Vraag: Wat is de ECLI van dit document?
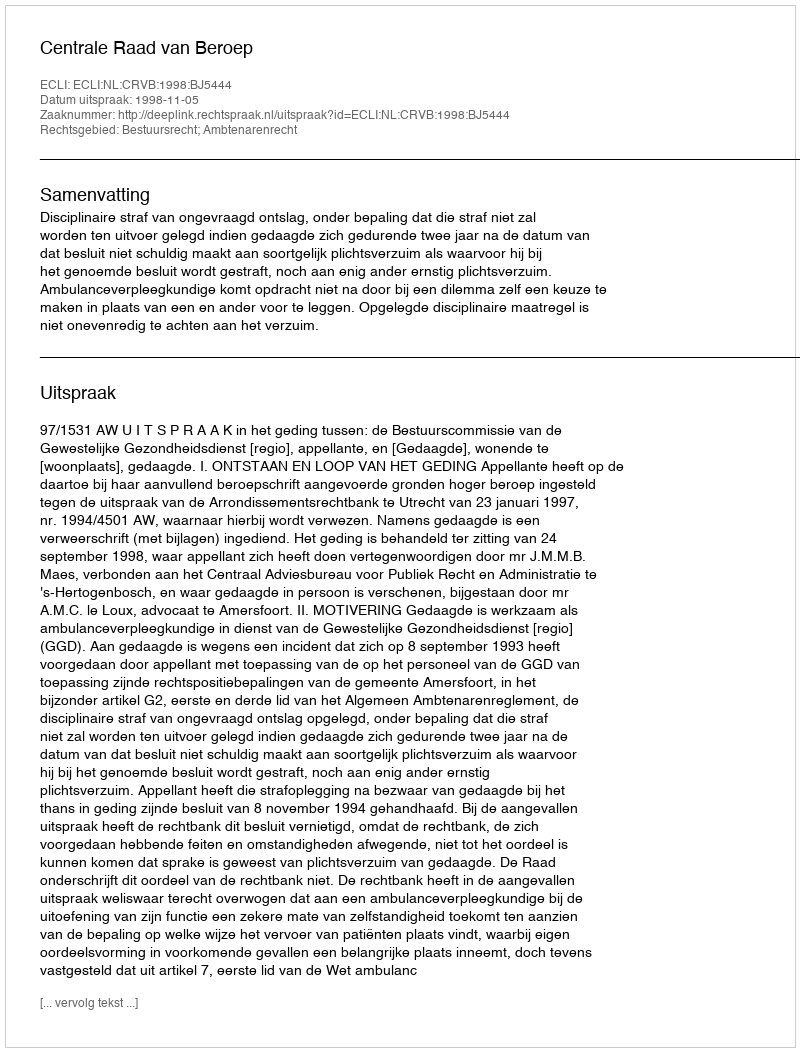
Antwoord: ECLI:NL:CRVB:1998:BJ5444